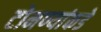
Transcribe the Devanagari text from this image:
टोमण्यांकडे